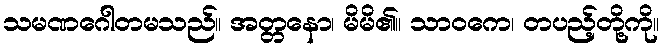
သမဏဂေါတမသည်။ အတ္တနော၊ မိမိ၏။ သာဝကေ၊ တပည့်တို့ကို။